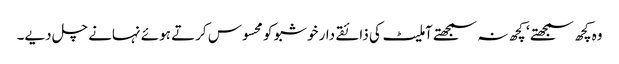
وہ کچھ سمجھتے ‘ کچھ نہ سمجھتے آملیٹ کی ذائقے دار خوشبو کو محسوس کرتے ہوئے نہانے چل دیے۔